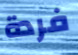
فردة